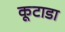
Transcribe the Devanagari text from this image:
कूटाडा